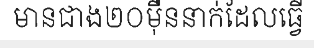
មានជាង២០ម៉ឺននាក់ដែលធ្វើ